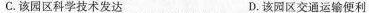
C. 该园区科学技术发达 D. 该园区交通运输便利